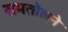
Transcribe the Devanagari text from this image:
समतोलने